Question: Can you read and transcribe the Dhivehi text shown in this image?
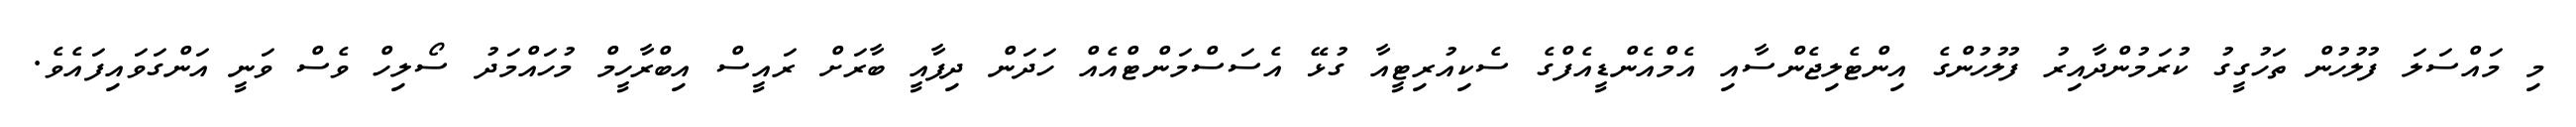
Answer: މި މައްސަލަ ފުލުހުން ތަހުގީގު ކުރަމުންދާއިރު ފުލުހުންގެ އިންޓެލިޖެންސާއި އެމްއެންޑީއެފްގެ ސެކިއުރިޓީއާ ގުޅޭ އެސަސްމަންޓްއެއް ހަދަން ދިފާއީ ބާރަށް ރައީސް އިބްރާހީމް މުހައްމަދު ސޯލިހް ވެސް ވަނީ އަންގަވައިފައެވެ.